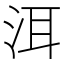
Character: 洱